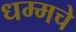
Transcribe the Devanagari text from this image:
धम्मचे